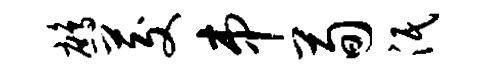
鹧茭串荀泯